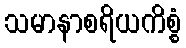
သမာနာစရိယကိစ္စံ